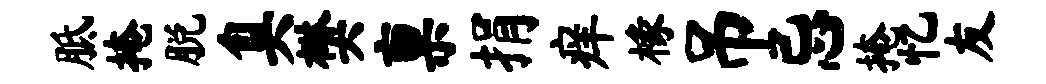
胝掩脱臭樊禀捐痒椽吊忌掩忆友